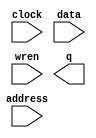
// This program was cloned from: https://github.com/drandyhaas/Haasoscope
// License: MIT License

// megafunction wizard: %RAM: 1-PORT%VBB%
// GENERATION: STANDARD
// VERSION: WM1.0
// MODULE: altsyncram 

// ============================================================
// Megafunction Name(s):
// 			altsyncram
//
// Simulation Library Files(s):
// 			altera_mf
// ============================================================
// ************************************************************
// THIS IS A WIZARD-GENERATED FILE. DO NOT EDIT THIS FILE!
//
// 18.0.0 Build 614 04/24/2018 SJ Lite Edition
// ************************************************************

//Copyright (C) 2018  Intel Corporation. All rights reserved.
//Your use of Intel Corporation's design tools, logic functions 
//and other software and tools, and its AMPP partner logic 
//functions, and any output files from any of the foregoing 
//(including device programming or simulation files), and any 
//associated documentation or information are expressly subject 
//to the terms and conditions of the Intel Program License 
//Subscription Agreement, the Intel Quartus Prime License Agreement,
//the Intel FPGA IP License Agreement, or other applicable license
//agreement, including, without limitation, that your use is for
//the sole purpose of programming logic devices manufactured by
//Intel and sold by Intel or its authorized distributors.  Please
//refer to the applicable agreement for further details.

module ram1 (
	address,
	clock,
	data,
	wren,
	q);

	input	[10:0]  address;
	input	  clock;
	input	[11:0]  data;
	input	  wren;
	output	[11:0]  q;
`ifndef ALTERA_RESERVED_QIS
// synopsys translate_off
`endif
	tri1	  clock;
`ifndef ALTERA_RESERVED_QIS
// synopsys translate_on
`endif

endmodule

// ============================================================
// CNX file retrieval info
// ============================================================
// Retrieval info: PRIVATE: ADDRESSSTALL_A NUMERIC "0"
// Retrieval info: PRIVATE: AclrAddr NUMERIC "0"
// Retrieval info: PRIVATE: AclrByte NUMERIC "0"
// Retrieval info: PRIVATE: AclrData NUMERIC "0"
// Retrieval info: PRIVATE: AclrOutput NUMERIC "0"
// Retrieval info: PRIVATE: BYTE_ENABLE NUMERIC "0"
// Retrieval info: PRIVATE: BYTE_SIZE NUMERIC "8"
// Retrieval info: PRIVATE: BlankMemory NUMERIC "1"
// Retrieval info: PRIVATE: CLOCK_ENABLE_INPUT_A NUMERIC "0"
// Retrieval info: PRIVATE: CLOCK_ENABLE_OUTPUT_A NUMERIC "0"
// Retrieval info: PRIVATE: Clken NUMERIC "0"
// Retrieval info: PRIVATE: DataBusSeparated NUMERIC "1"
// Retrieval info: PRIVATE: IMPLEMENT_IN_LES NUMERIC "0"
// Retrieval info: PRIVATE: INIT_FILE_LAYOUT STRING "PORT_A"
// Retrieval info: PRIVATE: INIT_TO_SIM_X NUMERIC "0"
// Retrieval info: PRIVATE: INTENDED_DEVICE_FAMILY STRING "MAX 10"
// Retrieval info: PRIVATE: JTAG_ENABLED NUMERIC "0"
// Retrieval info: PRIVATE: JTAG_ID STRING "NONE"
// Retrieval info: PRIVATE: MAXIMUM_DEPTH NUMERIC "0"
// Retrieval info: PRIVATE: MIFfilename STRING ""
// Retrieval info: PRIVATE: NUMWORDS_A NUMERIC "2048"
// Retrieval info: PRIVATE: RAM_BLOCK_TYPE NUMERIC "0"
// Retrieval info: PRIVATE: READ_DURING_WRITE_MODE_PORT_A NUMERIC "2"
// Retrieval info: PRIVATE: RegAddr NUMERIC "1"
// Retrieval info: PRIVATE: RegData NUMERIC "1"
// Retrieval info: PRIVATE: RegOutput NUMERIC "0"
// Retrieval info: PRIVATE: SYNTH_WRAPPER_GEN_POSTFIX STRING "0"
// Retrieval info: PRIVATE: SingleClock NUMERIC "1"
// Retrieval info: PRIVATE: UseDQRAM NUMERIC "1"
// Retrieval info: PRIVATE: WRCONTROL_ACLR_A NUMERIC "0"
// Retrieval info: PRIVATE: WidthAddr NUMERIC "11"
// Retrieval info: PRIVATE: WidthData NUMERIC "12"
// Retrieval info: PRIVATE: rden NUMERIC "0"
// Retrieval info: LIBRARY: altera_mf altera_mf.altera_mf_components.all
// Retrieval info: CONSTANT: CLOCK_ENABLE_INPUT_A STRING "BYPASS"
// Retrieval info: CONSTANT: CLOCK_ENABLE_OUTPUT_A STRING "BYPASS"
// Retrieval info: CONSTANT: INTENDED_DEVICE_FAMILY STRING "MAX 10"
// Retrieval info: CONSTANT: LPM_HINT STRING "ENABLE_RUNTIME_MOD=NO"
// Retrieval info: CONSTANT: LPM_TYPE STRING "altsyncram"
// Retrieval info: CONSTANT: NUMWORDS_A NUMERIC "2048"
// Retrieval info: CONSTANT: OPERATION_MODE STRING "SINGLE_PORT"
// Retrieval info: CONSTANT: OUTDATA_ACLR_A STRING "NONE"
// Retrieval info: CONSTANT: OUTDATA_REG_A STRING "UNREGISTERED"
// Retrieval info: CONSTANT: POWER_UP_UNINITIALIZED STRING "FALSE"
// Retrieval info: CONSTANT: READ_DURING_WRITE_MODE_PORT_A STRING "DONT_CARE"
// Retrieval info: CONSTANT: WIDTHAD_A NUMERIC "11"
// Retrieval info: CONSTANT: WIDTH_A NUMERIC "12"
// Retrieval info: CONSTANT: WIDTH_BYTEENA_A NUMERIC "1"
// Retrieval info: USED_PORT: address 0 0 11 0 INPUT NODEFVAL "address[10..0]"
// Retrieval info: USED_PORT: clock 0 0 0 0 INPUT VCC "clock"
// Retrieval info: USED_PORT: data 0 0 12 0 INPUT NODEFVAL "data[11..0]"
// Retrieval info: USED_PORT: q 0 0 12 0 OUTPUT NODEFVAL "q[11..0]"
// Retrieval info: USED_PORT: wren 0 0 0 0 INPUT NODEFVAL "wren"
// Retrieval info: CONNECT: @address_a 0 0 11 0 address 0 0 11 0
// Retrieval info: CONNECT: @clock0 0 0 0 0 clock 0 0 0 0
// Retrieval info: CONNECT: @data_a 0 0 12 0 data 0 0 12 0
// Retrieval info: CONNECT: @wren_a 0 0 0 0 wren 0 0 0 0
// Retrieval info: CONNECT: q 0 0 12 0 @q_a 0 0 12 0
// Retrieval info: GEN_FILE: TYPE_NORMAL ram1.v TRUE
// Retrieval info: GEN_FILE: TYPE_NORMAL ram1.inc FALSE
// Retrieval info: GEN_FILE: TYPE_NORMAL ram1.cmp FALSE
// Retrieval info: GEN_FILE: TYPE_NORMAL ram1.bsf TRUE
// Retrieval info: GEN_FILE: TYPE_NORMAL ram1_inst.v FALSE
// Retrieval info: GEN_FILE: TYPE_NORMAL ram1_bb.v TRUE
// Retrieval info: LIB_FILE: altera_mf